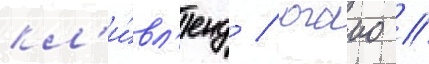
кл'и́вл'енд / огаио //